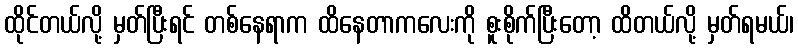
ထိုင်တယ်လို့ မှတ်ပြီးရင် တစ်နေရာက ထိနေတာကလေးကို စူးစိုက်ပြီးတော့ ထိတယ်လို့ မှတ်ရမယ်၊